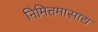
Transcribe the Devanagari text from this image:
निमित्तमासाद्य